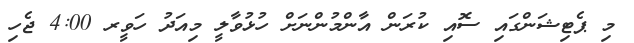
މި ޕެޓިޝަންގައި ސޮއި ކުރަން އާންމުންނަށް ހުޅުވާލީ މިއަދު ހަވީރ 4:00 ޖެހި